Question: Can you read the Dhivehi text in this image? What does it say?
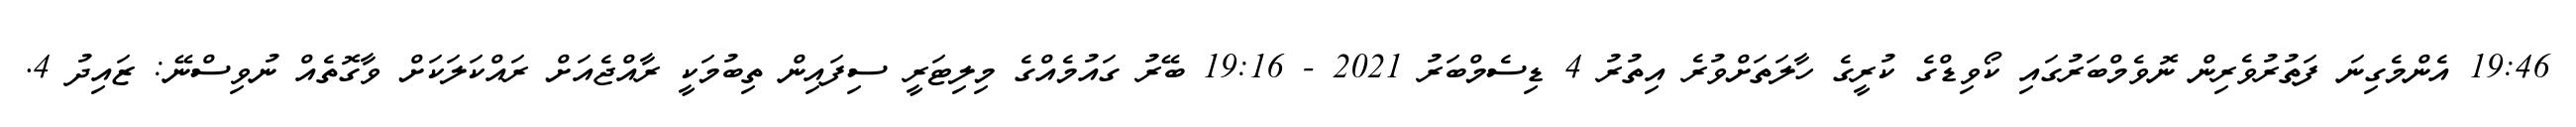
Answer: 19:46 އެންމެގިނަ ފަތުރުވެރިން ނޮވެމްބަރުގައި ކޯވިޑްގެ ކުރީގެ ހާލަތަށްވުރެ އިތުރު 4 ޑިސެމްބަރު 2021 - 19:16 ބޭރު ގައުމެއްގެ މިލިޓަރީ ސިފައިން ތިބުމަކީ ރާއްޖެއަށް ރައްކަލަކަށް ވާގޮތެއް ނުވިސްނޭ: ޒައިދު 4.